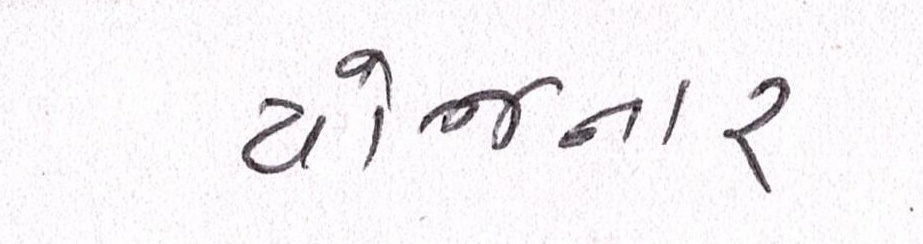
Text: યોજનાર